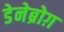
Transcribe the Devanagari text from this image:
डेनेब्रोग़